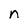
Character: n